65_HS1-834228961_62-HQ-83894_Serial_438
Agency: FBI
Page 39
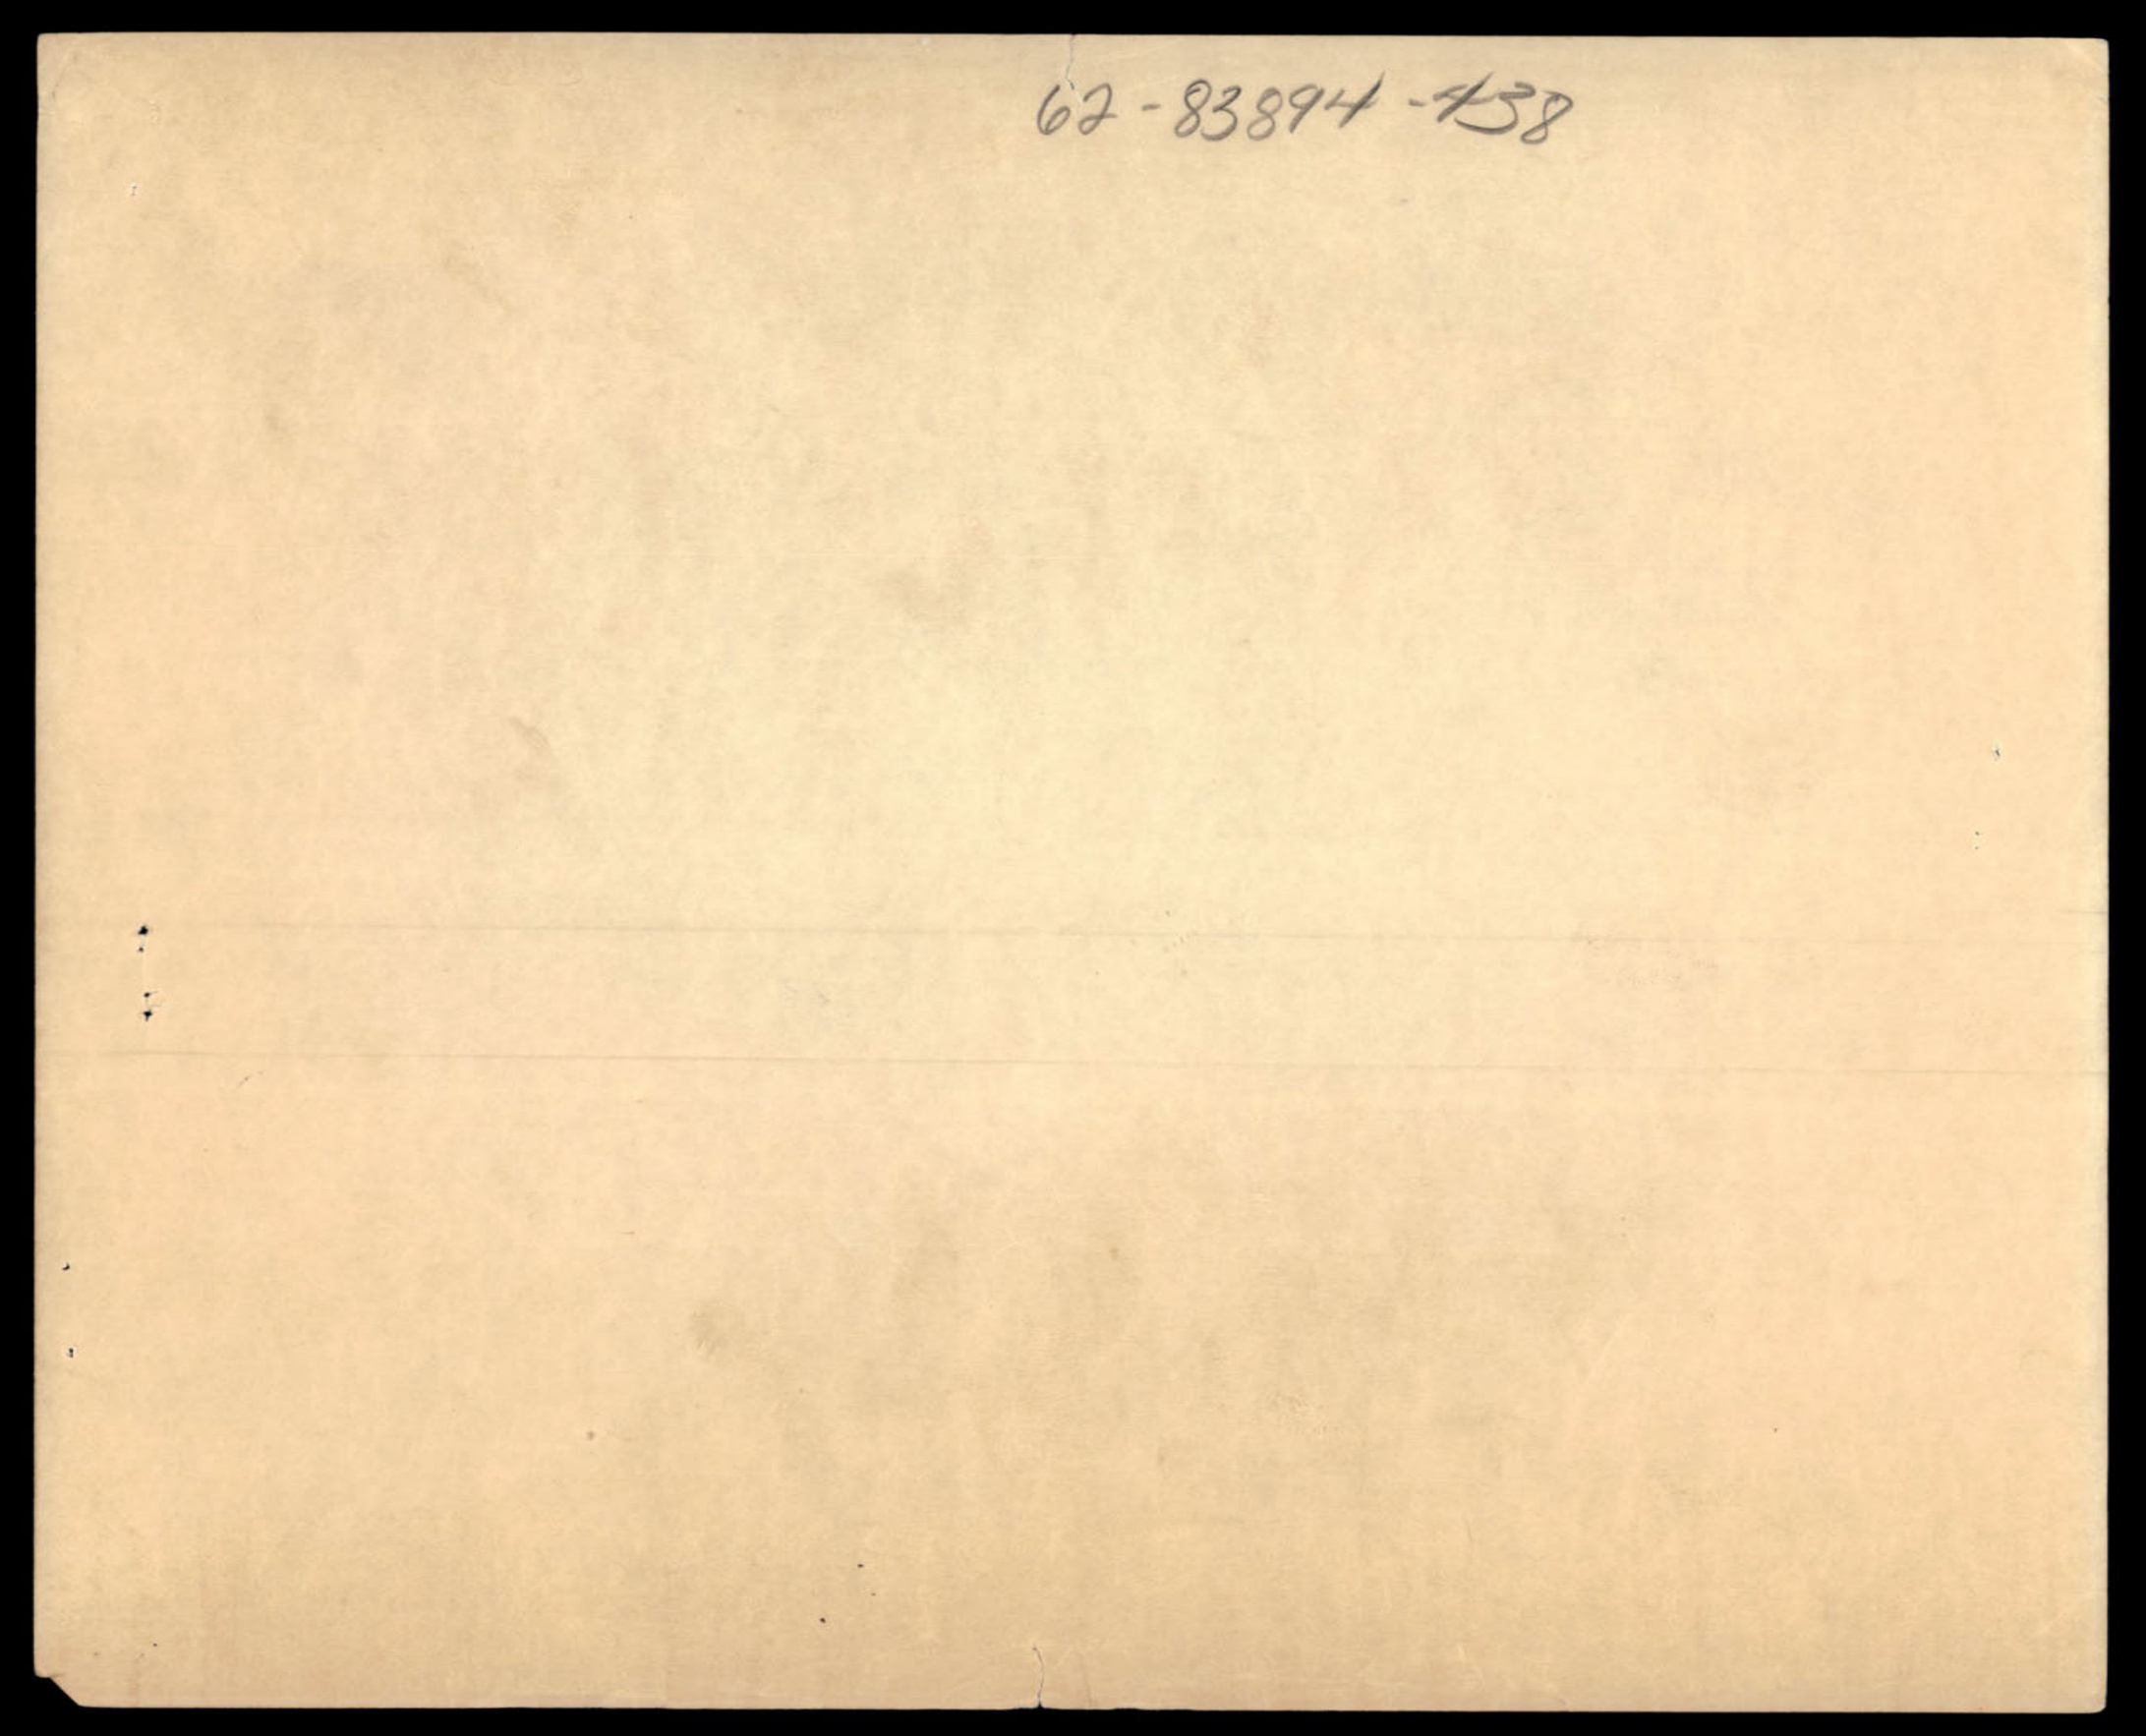